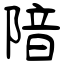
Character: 隌